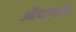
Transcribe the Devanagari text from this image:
औदार्याचे